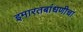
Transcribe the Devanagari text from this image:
इमारतबांधणीचा